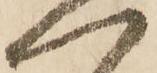
一